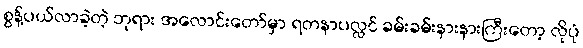
စွန့်ပယ်လာခဲ့တဲ့ ဘုရား အလောင်းတော်မှာ ရတနာပလ္လင် ခမ်းခမ်းနားနားကြီးတော့ လိုပုံ